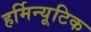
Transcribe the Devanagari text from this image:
हर्मिन्यूटिक